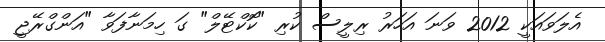
އެލަވައަކީ 2012 ވަނަ އަހަރު ރިލީސް ކުރި "ކޮކްޓޭލް" ގަ ހިމަނާފަވާ "އަންގްރޭޖީ